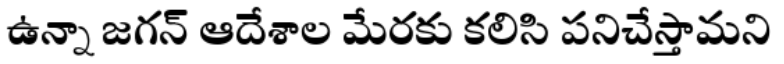
ఉన్నా జగన్ ఆదేశాల మేరకు కలిసి పనిచేస్తామని